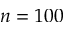
n = 1 0 0